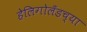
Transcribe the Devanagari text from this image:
हेलिगोलँडच्या